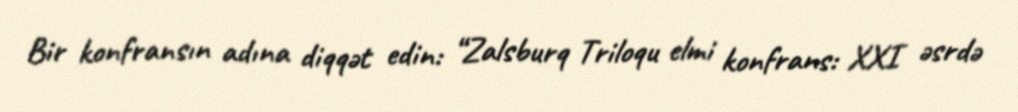
Bir konfransın adına diqqət edin: “Zalsburq Triloqu elmi konfrans: XXI əsrdə